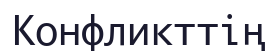
Конфликттің